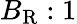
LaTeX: B_{\mathrm{R}}:1